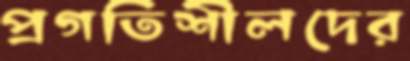
প্রগতিশীলদের